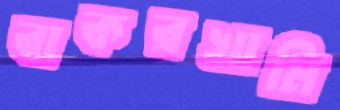
বাকরখানি